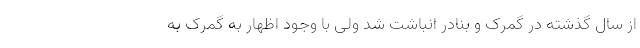
از سال گذشته در گمرک و بنادر انباشت شد ولی با وجود اظهار به گمرک به